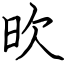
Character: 欥